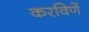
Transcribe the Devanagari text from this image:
करविणें